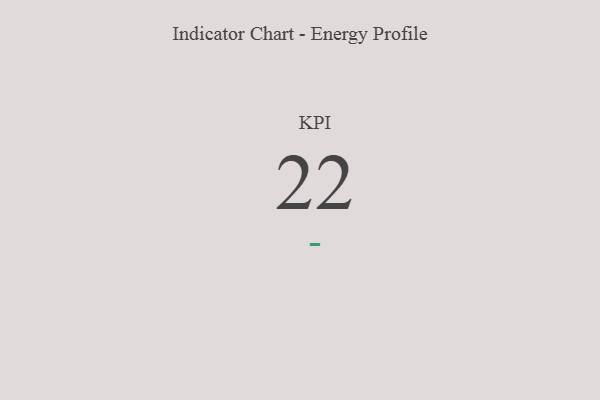
{"axis": {"x": "KPI", "y": "Value"}, "legend": [""], "data": [{"x": "KPI", "y": 22, "type": ""}]}